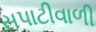
સપાટીવાળી